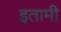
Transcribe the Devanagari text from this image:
इतामी